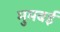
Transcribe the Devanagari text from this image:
मुमबई